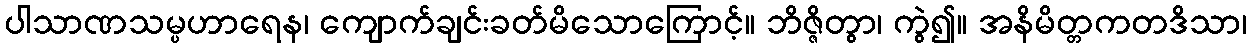
ပါသာဏသမ္ပဟာရေန၊ ကျောက်ချင်းခတ်မိသောကြောင့်။ ဘိဇ္ဇိတွာ၊ ကွဲ၍။ အနိမိတ္တကတဒိသာ၊